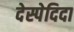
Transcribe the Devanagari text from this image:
देस्पेदिदा